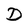
Character: D